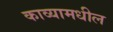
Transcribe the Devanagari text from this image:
काव्यामधील